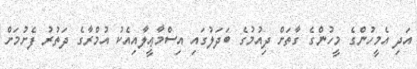
އަދި އެމީހުންގެ މީހުންގެ ގާތަށް ދިއުމުގެ ބަދަލުގައި އިސްމާޢީލާއިއެކު އުމްރާގެ ދަތުރު ފެށުމަށް